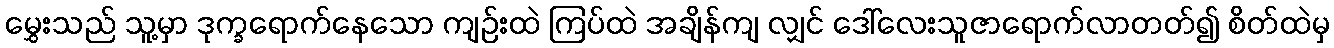
မွှေးသည် သူ့မှာ ဒုက္ခရောက်နေသော ကျဉ်းထဲ ကြပ်ထဲ အချိန်ကျ လျှင် ဒေါ်လေးသူဇာရောက်လာတတ်၍ စိတ်ထဲမှ